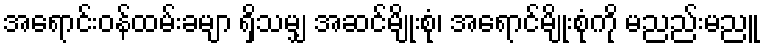
အရောင်းဝန်ထမ်းခမျာ ရှိသမျှ အဆင်မျိုးစုံ၊ အရောင်မျိုးစုံကို မညည်းမညူ